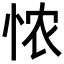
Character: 𢙐